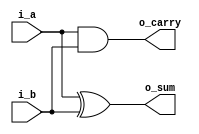
`timescale 1ns/1ps
/////////////////////////////////////////////////////////
////// HALF ADDDER
/////////////////////////////////////////////////////////
module half_adder( i_a, i_b, o_sum, o_carry );

input	 i_a, i_b;
output o_sum, o_carry;

assign o_sum = i_a^i_b;
assign o_carry = i_a & i_b; 

endmodule
/////////////////////////////////////////////////////////
////// FULL ADDDER
/////////////////////////////////////////////////////////
module full_adder( i_a, i_b, i_carry, o_sum, o_carry );

input 	i_a, i_b, i_carry;
output 	o_sum, o_carry;

wire 		half_sum, half_carry1, half_carry2;

half_adder half_adder_inst1(.i_a    ( i_a ),
								    .i_b    ( i_b ),
									 .o_sum  ( half_sum ),
									 .o_carry( half_carry1 )
									);
									
half_adder half_adder_inst2(.i_a    ( half_sum ),
									 .i_b    ( i_carry ),
									 .o_sum  ( o_sum ),
									 .o_carry( half_carry2 )
									);		
assign o_carry = half_carry1 | half_carry2;							
									
endmodule
/////////////////////////////////////////////////////////
////// PARAMETRIC ADDER (WIDTH = 4)
/////////////////////////////////////////////////////////
module adder_4bit ( i_a, i_b, i_carry, o_sum, o_carry );

parameter WIDTH = 4;

input  	[WIDTH-1:0] i_a, i_b;
input  				         i_carry;
output 	[WIDTH-1:0] o_sum;
output 				         o_carry;

wire 		[WIDTH-1:0]	carry;

genvar i;

generate
	for( i = 0; i < WIDTH; i = i + 1 )begin: ADDER
		if( i == 0 ) 
					full_adder full_adder (.i_a		( i_a[i] ),
												  .i_b		( i_b[i] ),
												  .i_carry	( i_carry ),
												  .o_sum    ( o_sum[i] ),
												  .o_carry	( carry[i] )
												 );
		 else if( i == (WIDTH-1) ) 
					full_adder full_adder (.i_a		( i_a[i] ),
												  .i_b		( i_b[i] ),
												  .i_carry	( carry[i-1] ),
												  .o_sum    ( o_sum[i] ),
												  .o_carry	( o_carry )
												  );
		else 
					full_adder full_adder (.i_a		( i_a[i] ),
												  .i_b		( i_b[i] ),
												  .i_carry	( carry[i-1] ),
												  .o_sum    ( o_sum[i] ),
												  .o_carry	( carry[i] )
												 );
				
		end
endgenerate
endmodule